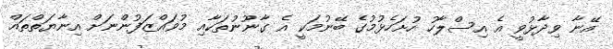
އޭނާ ވިދާޅުވީ އެ އިސްލާހު ހުށަހެޅުމުގެ ބޭނުމަކީ އެ ގާނޫނުތަކާއި މުވައްޒަފުންނަށް އިނާޔަތްތައް